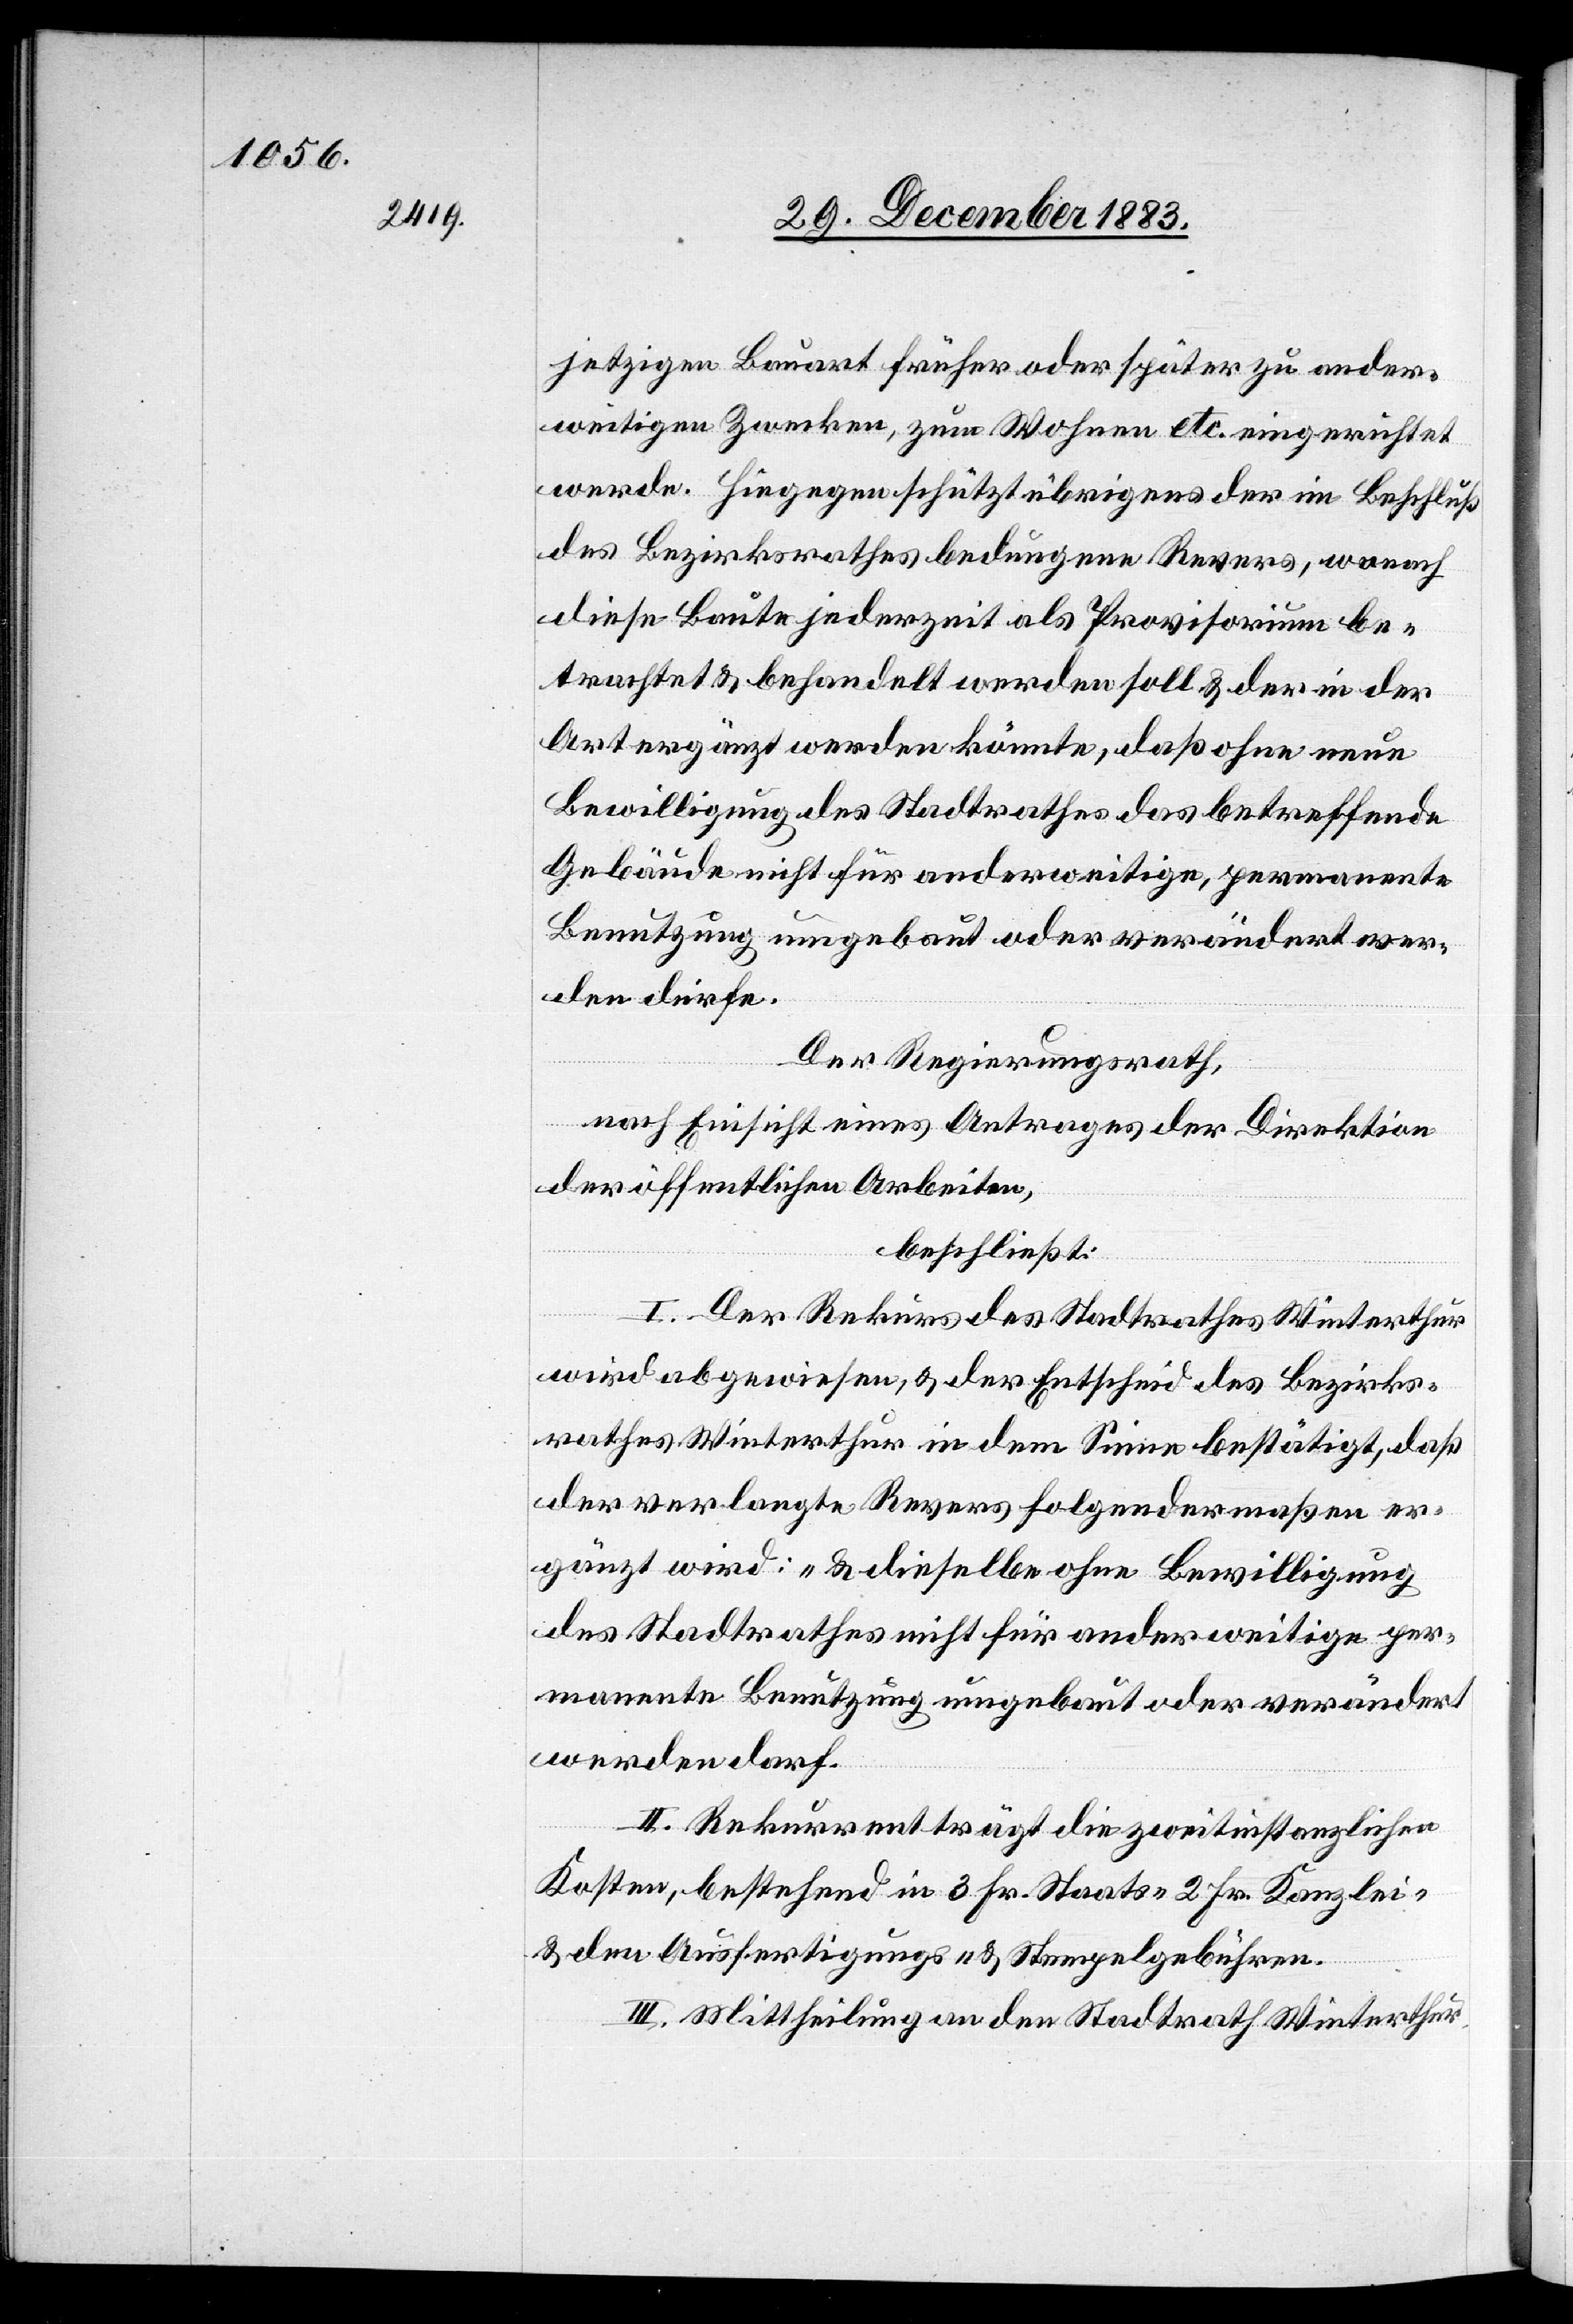
jetzigen Bauart früher oder später zu ander¬
weitigen Zwecken, zum Wohnen etc. eingerichtet
werde. Hiegegen schützt übrigens der im Beschluß
des Bezirksrathes bedungene Revers, wonach
diese Baute jederzeit als Provisorium be¬
trachtet & behandelt werden soll & der in der
Art ergänzt werden könnte, daß ohne neue
Bewilligung des Stadtrathes das betreffende
Gebäude nicht für anderweitige, permanente
Benutzung umgebaut oder verändert wer¬
den dürfe.
Der Regierungsrath
nach Einsicht eines Antrages der Direktion
der öffentlichen Arbeiten,
beschließt:
I. Der Rekurs des Stadtrathes Winterthur
wird abgewiesen, & der Entscheid des Bezirks¬
rathes Winterthur in dem Sinne bestätigt, daß
der verlangte Revers folgendermaßen er¬
gänzt wird: „& dieselbe ohne Bewilligung
des Stadtrathes nicht für anderweitige per¬
manente Benutzung umgebaut oder verändert
werden darf.“
II. Rekurrent trägt die zweitinstanzlichen
Kosten, bestehend in 3 Fr. Staats- 2 Fr. Kanzlei-
& den Ausfertigungs- & Stempelgebühren.
III. Mittheilung an den Stadtrath Winterthur